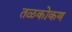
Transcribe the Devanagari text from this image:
तळकोकण